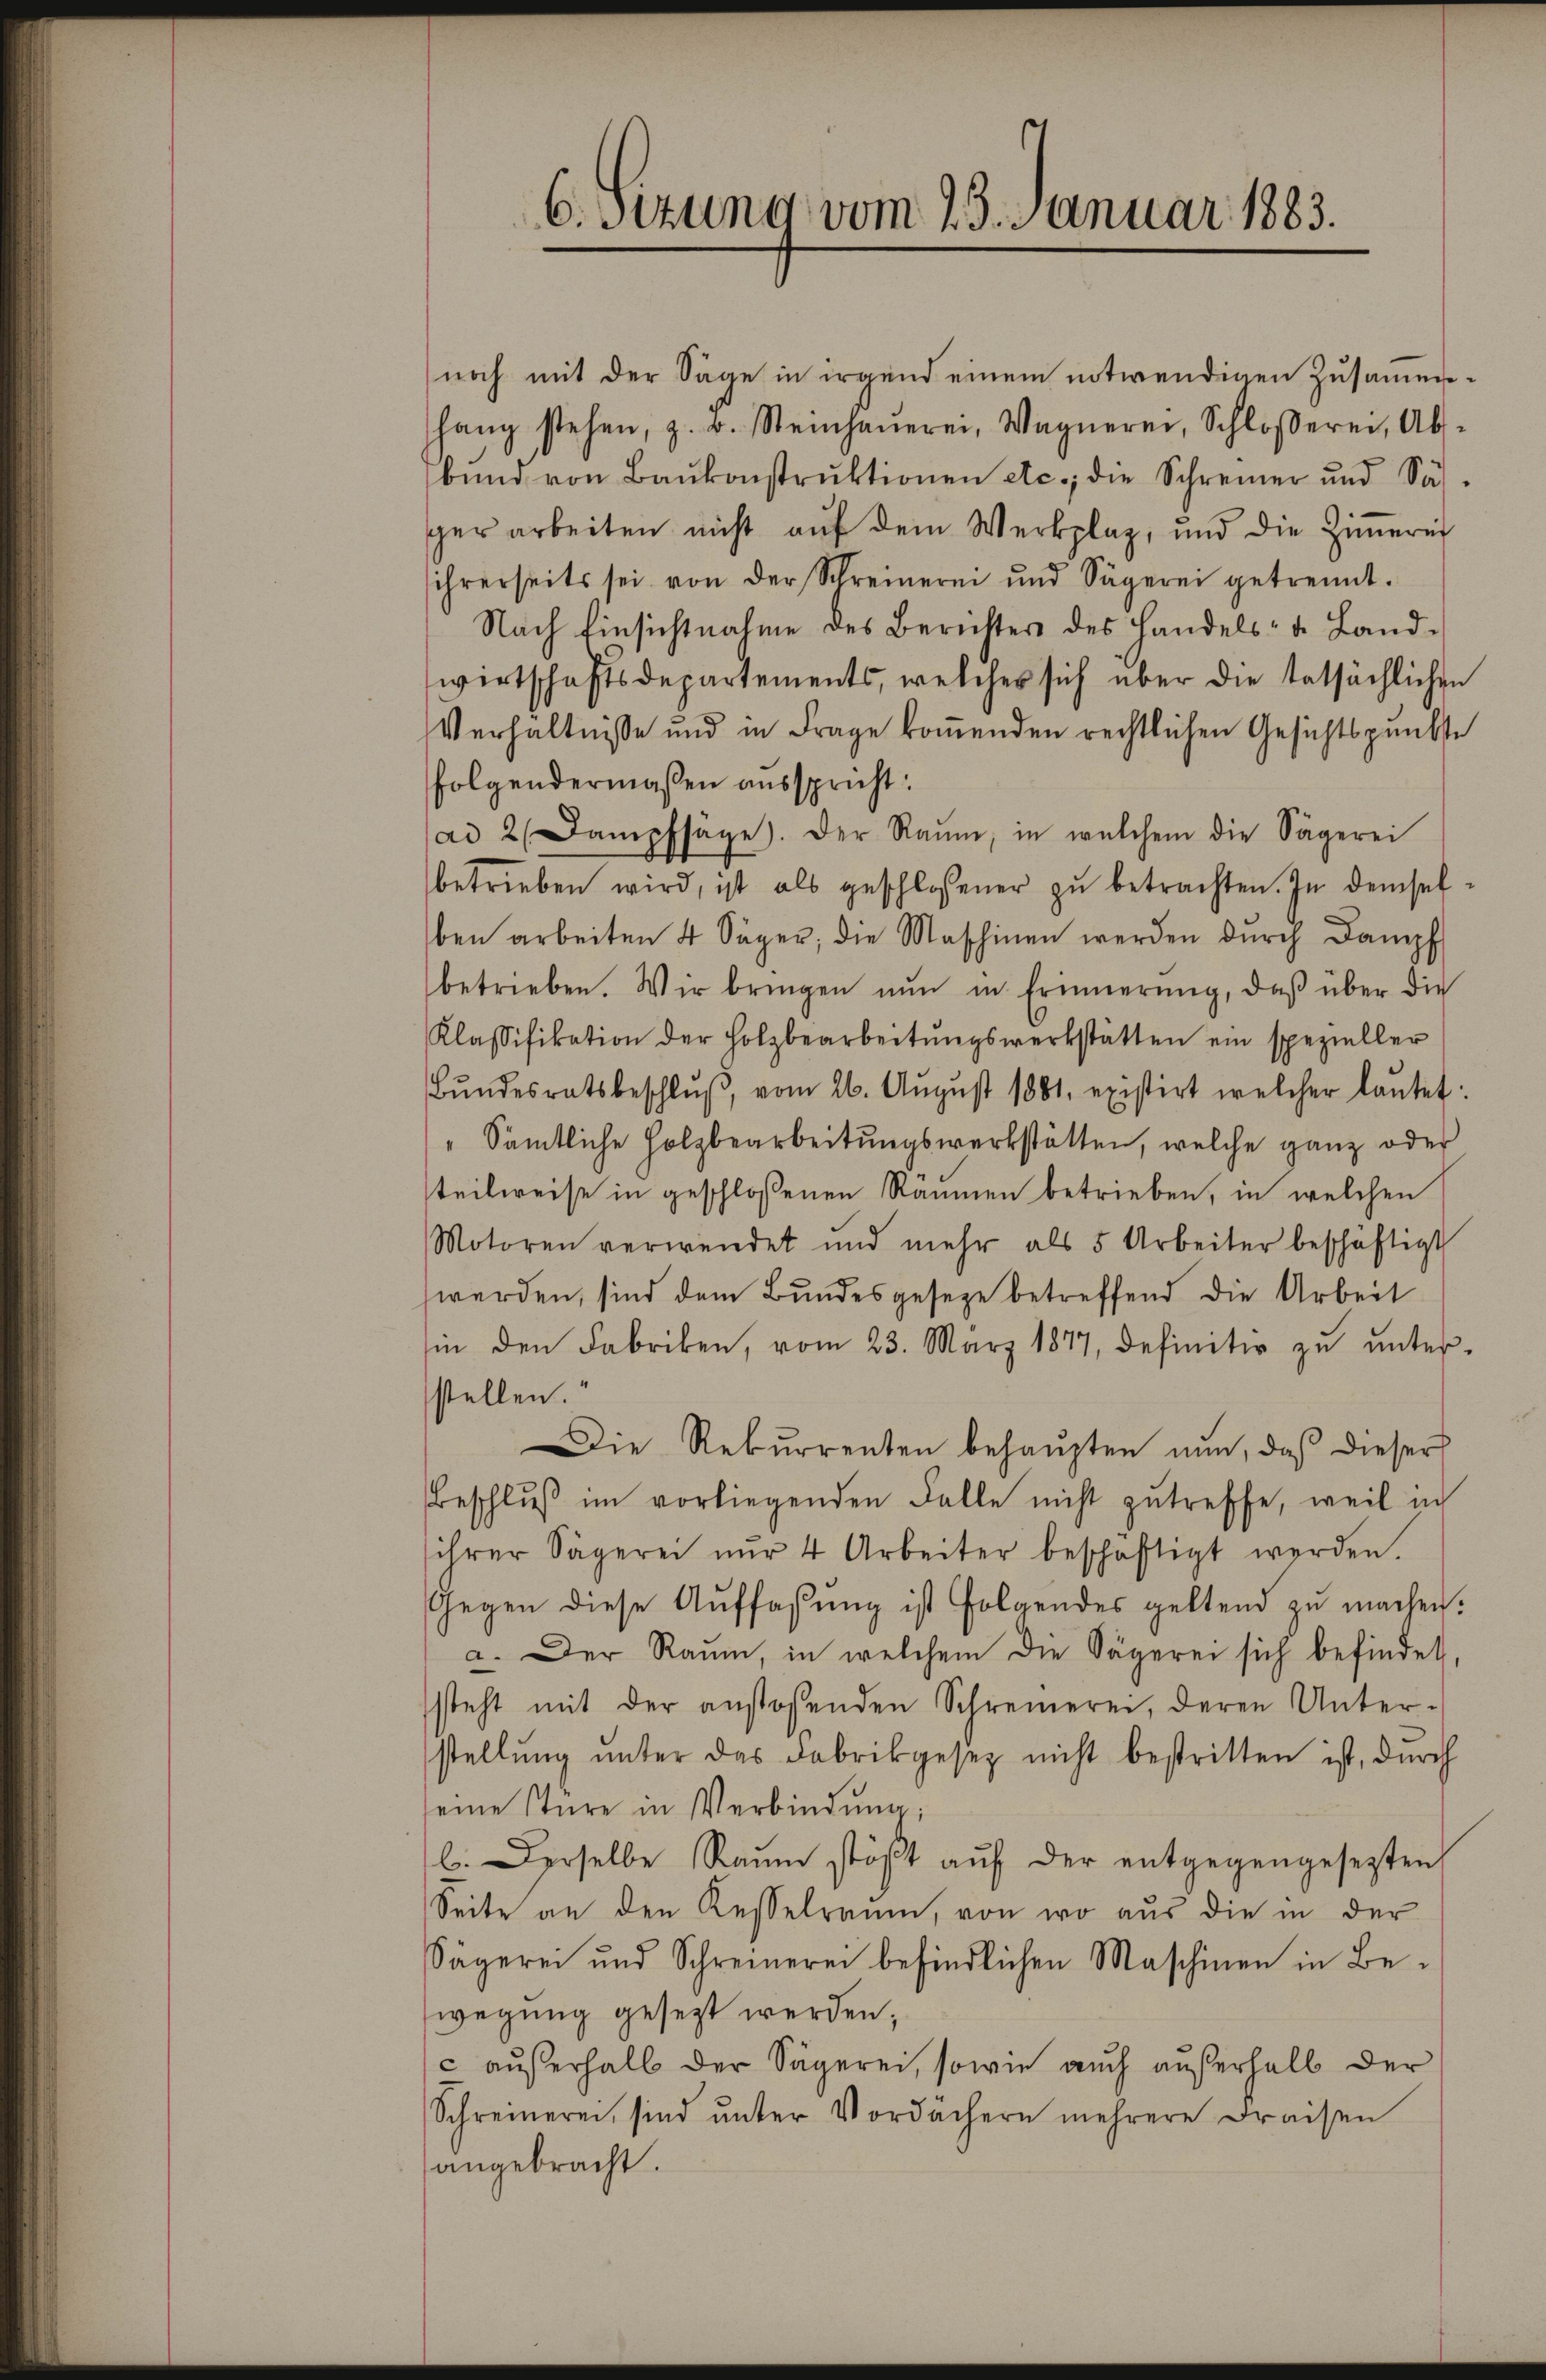
6.sizung vom 25. Januar 1883.

noch mit der Sage in irgend einem notwendigen Zusammenhang stehen, z. B. Steinhaŭerei, Wagnerei, Schlosserei, Ab-
bŭnd von Baŭkonstrŭktionen etc.; die Schreiner und Säh-
ger arbeiten nicht aŭf dem Werkplaz, und die Ziṁerei
sihrerseits sei von der Schreinerei und Sägerei getrennt.
Nach Einsichtnahme des Berichtes des Handels- u. Land-
wirtschaftsdepartements, welcher sich über die tatsächlichen
Verhältnisse und in Frage koṁenden rechtlichen Gesichtspunkte
folgendermaßen ausspricht.
ad 2 (Dampfsage). Der Raŭm, in welchem die Sägerei
betrieben wird, ist als geschlossener zŭ betrachten. In demselben arbeiten 4 Säger; die Maschinen werden dŭrch Dampf
betrieben. Wir bringen nŭn in Erinnerung, daβ über die
Klassifikation der Holzbearbeitŭngswerkstätten ein spezieller
Bŭndesratsbeschlŭβ vom 26. Aŭgŭst 1881, existirt welcher laŭtet:
" Sämtliche Holzbearbeitungswerkstätten, welche ganz oder
teilweise in geschlossenen Räumen betrieben, in welchen
Motoren verwendet und mehr als 5 Arbeiter beschäftigt
werden, sind dem Bundesgeseze betreffend die Arbeit
in den Fabriken, vom 23. März 1877, definitiv zŭ ŭnter-
stellen.
Die Rekurrenten behaŭpten nun, daß dieser
Beschlŭβ im vorliegenden Falle nicht getreffe, weil in
ihrer Sägerei nŭr 4 Arbeiter beschäftigt werden.
Gegen diese Auffassŭng ist folgendes geltend zŭ machen.
a. Der Raŭm, in welchem die Sägerei sich befindet,
steht mit der anstoßenden Schreinerei, deren Unter-
stellŭng ŭnter das Fabrikgesetz nicht bestritten ist, durch
eine stüre in Verbindung;
b. Derselbe Raŭm stöβt aŭf der entgegengesezten
Seite an den Kesselraum, von wo aus die in der
Sägerei und Schreineren befindlichen Maschinen in Be-
wegung gesezt werden;
c außerhalb der Sägerei, sowie auch außerhalb der
Schreinerei, sind ŭnter Vordächern mehrere Draisen
angebracht.